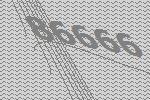
86666